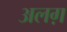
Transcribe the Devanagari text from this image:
अलग़